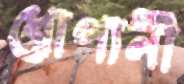
ধোপানী